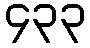
၄၃၃